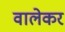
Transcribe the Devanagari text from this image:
वालेकर